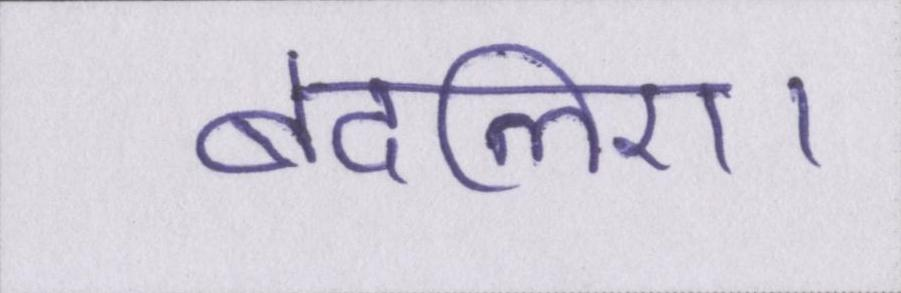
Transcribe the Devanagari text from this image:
बदलिए।